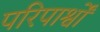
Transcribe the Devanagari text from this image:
परिपार्श्वों